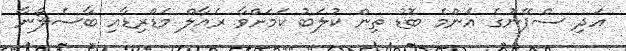
އަދި ސްޕޭނުގެ އެންމެ ބޮޑު ތިން ކުލަބު ކަމަށްވާ ރެއާލް މެޑްރިޑާއި ބާސެލޯނާ